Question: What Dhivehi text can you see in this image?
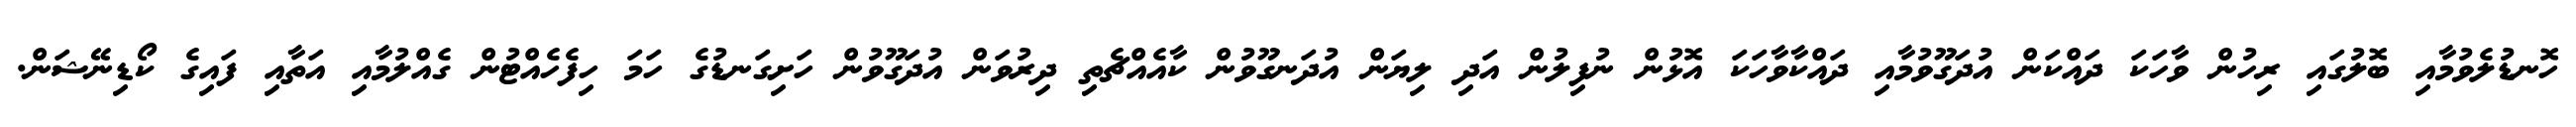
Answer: ހޮނޑުލެވުމާއި ބޮލުގައި ރިހުން ވާހަކަ ދައްކަން އުދަގޫވުމާއި ދައްކާވާހަކަ އޮޅުން ނުފިލުން އަދި ލިޔަން އުދަނގޫވުން ކާއެއްޗެތި ދިރުވަން އުދަގޫވުން ހަށިގަނޑުގެ ހަމަ ހިފެހެއްޓުން ގެއްލުމާއި އަތާއި ފައިގެ ކޯޑިނޭޝަން.